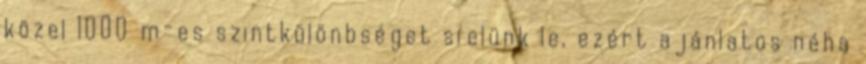
közel 1000 m-es szintkülönbséget síelünk le, ezért ajánlatos néha